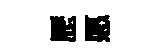
歴愿